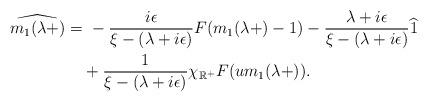
LaTeX: \begin{align*}\widehat{m_1(\lambda+)} =&~ -\frac{i\epsilon}{\xi-(\lambda+i\epsilon)}F(m_1(\lambda+)-1)-\frac{\lambda+i\epsilon}{\xi-(\lambda+i\epsilon)}\widehat 1\\&+\frac{1}{\xi-(\lambda+i\epsilon)}\chi_{\mathbb{R}^+}F(um_1(\lambda+)).\end{align*}